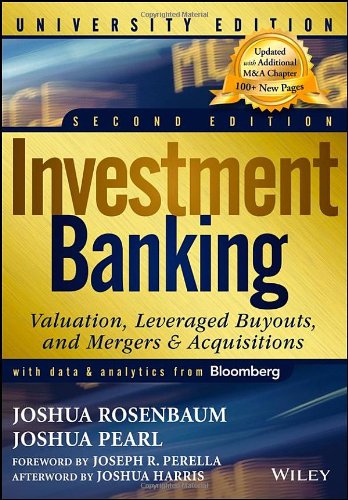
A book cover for Investment Banking: Valuation, Leveraged Buyouts, and Mergers and Acquisitions, 2nd Edition; Joshua Pearl; Business & Money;